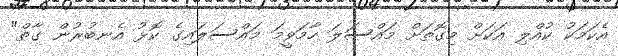
އެކަމަކު ކުއްލި އަކަށް މިގޮތަށް މައްސަލަ ހާމަވީމަ މައްސަލައިގެ ކޮޅު އެނބުރުން ގާތް"